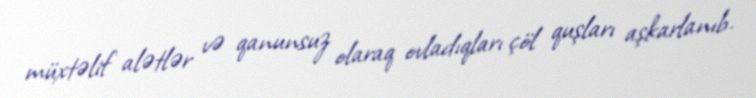
müxtəlif alətlər və qanunsuz olaraq ovladıqları çöl quşları aşkarlanıb.